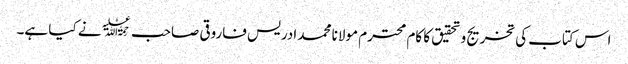
اس کتاب کی تخریج وتحقیق کا کام محترم مولانا محمد ادریس فاروقی صاحب ﷫نے کیا ہے۔